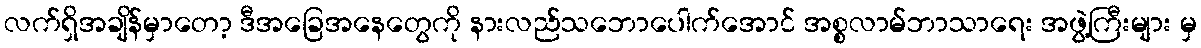
လက်ရှိအချိန်မှာတော့ ဒီအခြေအနေတွေကို နားလည်သဘောပေါက်အောင် အစ္စလာမ်ဘာသာရေး အဖွဲ့ကြီးများ မှ